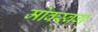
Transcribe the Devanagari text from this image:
मोंक्स्बर्ग